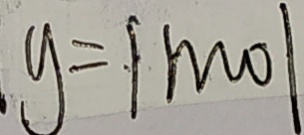
y = 1 m o l